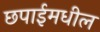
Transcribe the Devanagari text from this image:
छपाईमधील